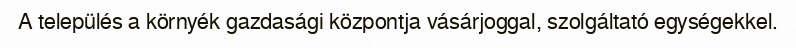
A település a környék gazdasági központja vásárjoggal, szolgáltató egységekkel.